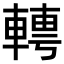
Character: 𨍘